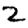
Digit: 2